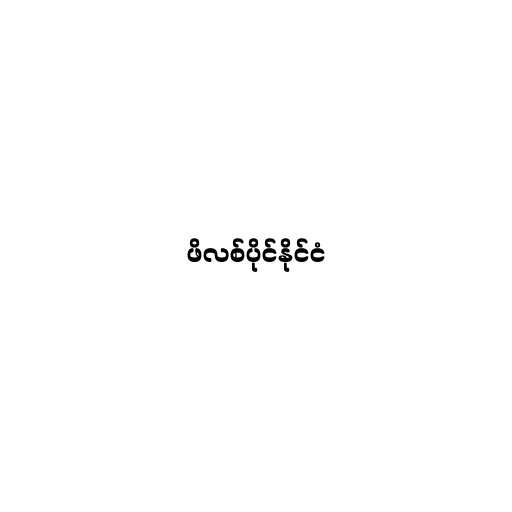
ဖိလစ်ပိုင်နိုင်ငံ